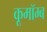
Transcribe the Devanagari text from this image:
कूमॉम्ब